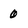
Character: 0